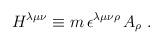
LaTeX: \begin{align*}H^{\lambda\mu\nu}\equiv m\,\epsilon^{\lambda\mu\nu\rho}\, A_\rho\ . \end{align*}